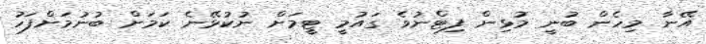
އޭނާ މިހެން ބުނީ މުޅިން ފިޓްނުވެ ގައުމީ ޓީމަށް ނުކުޅޭނެ ކަމަށް ބުނުމަށްފަހު